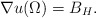
\begin{align*}\nabla u (\Omega ) = B_H.\end{align*}